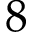
8